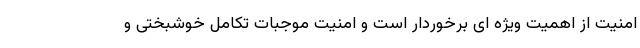
امنیت از اهمیت ویژه ای برخوردار است و امنیت موجبات تکامل خوشبختی و